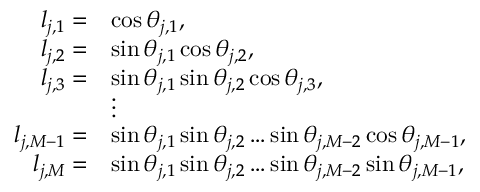
\begin{array} { r l } { l _ { j , 1 } = } & { \cos \theta _ { j , 1 } , } \\ { l _ { j , 2 } = } & { \sin \theta _ { j , 1 } \cos \theta _ { j , 2 } , } \\ { l _ { j , 3 } = } & { \sin \theta _ { j , 1 } \sin \theta _ { j , 2 } \cos \theta _ { j , 3 } , } \\ & { \vdots } \\ { l _ { j , M - 1 } = } & { \sin \theta _ { j , 1 } \sin \theta _ { j , 2 } \ldots \sin \theta _ { j , M - 2 } \cos \theta _ { j , M - 1 } , } \\ { l _ { j , M } = } & { \sin \theta _ { j , 1 } \sin \theta _ { j , 2 } \ldots \sin \theta _ { j , M - 2 } \sin \theta _ { j , M - 1 } , } \end{array}